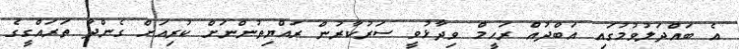
އެ ބައްދަލުވުމުގައި އަބްދުއް ރަހީމް ވިދާޅުވީ ސަރުކާރުން ރައްޔިތުންނަށް ކުރިއަށް ގެންދާ ތަރައްގީގެ